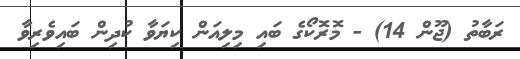
ރަބާތު (ޖޫން 14) - މޮރޮކޯގެ ބައި މިލިއަން ކިޔަވާ ކުދިން ބައިވެރިވާ